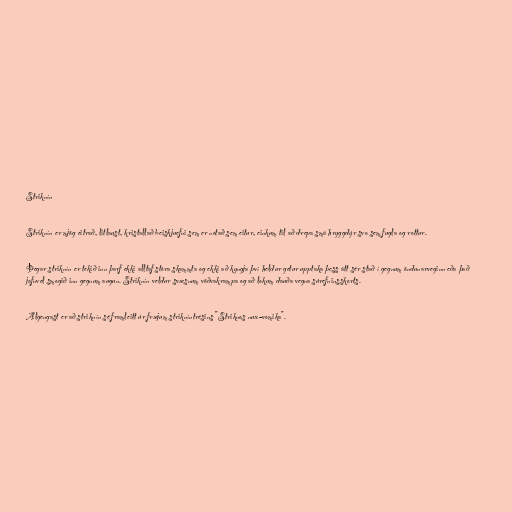
Striknín

Striknín er mjög eitrað, litlaust, kristallað beiskjuefni sem er notað sem eitur, einkum til að drepa smá hryggdýr svo sem fugla og rottur.

Þegar striknín er tekið inn þarf ekki alltaf stóra skammta og ekki að kyngja því heldur getur upptaka þess átt sér stað í gegnum öndunarveginn eða það
jafnvel smogið inn gegnum augun. Striknín veldur svæsnum vöðvakrampa og að lokum dauða vegna súrefninsskorts.

Algengast er að striknín sé framleitt úr fræjum strikníntrésins "Striknos nux-vomika".